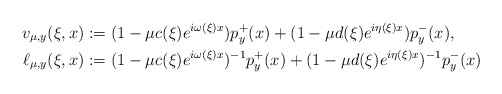
\begin{align*}v_{\mu,y}(\xi,x) &:=(1-\mu c(\xi)e^{i\omega(\xi)x})p_y^+(x)+(1-\mu d(\xi)e^{i\eta(\xi)x})p_y^-(x),\\\ell_{\mu,y}(\xi,x) &:=(1-\mu c(\xi)e^{i\omega(\xi)x})^{-1}p_y^+(x)+(1-\mu d(\xi)e^{i\eta(\xi)x})^{-1}p_y^-(x)\end{align*}